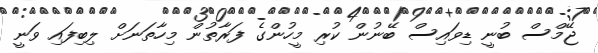
ޖޭމްސް ބުނީ ޑިވައިސް ބޭނުން ކުރި މީހުންގެ ފަރާތުން މިހާތަނަށް ލިބިފައި ވަނީ